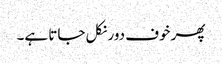
پھر خوف دور نکل جاتا ہے۔